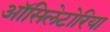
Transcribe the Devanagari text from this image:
ऑसिलेटोरिया